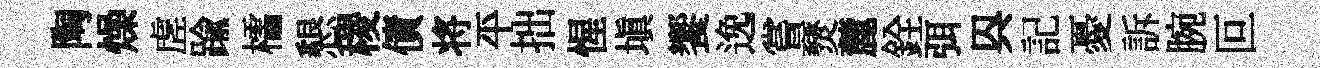
陶燥虗踰櫺懇稷債将平拙惺填饗𨓜嘗燹麓銓弭㒷記憂訴腕叵